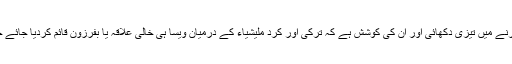
روس اور شام نے مدد کرنے میں تیزی دکھائی اور ان کی کوشش ہے کہ ترکی اور کرد ملیشیاء کے درمیان ویسا ہی خالی علاقہ یا بفرزون قائم کردیا جائے جیسا کہ پہلے موجود تھا۔